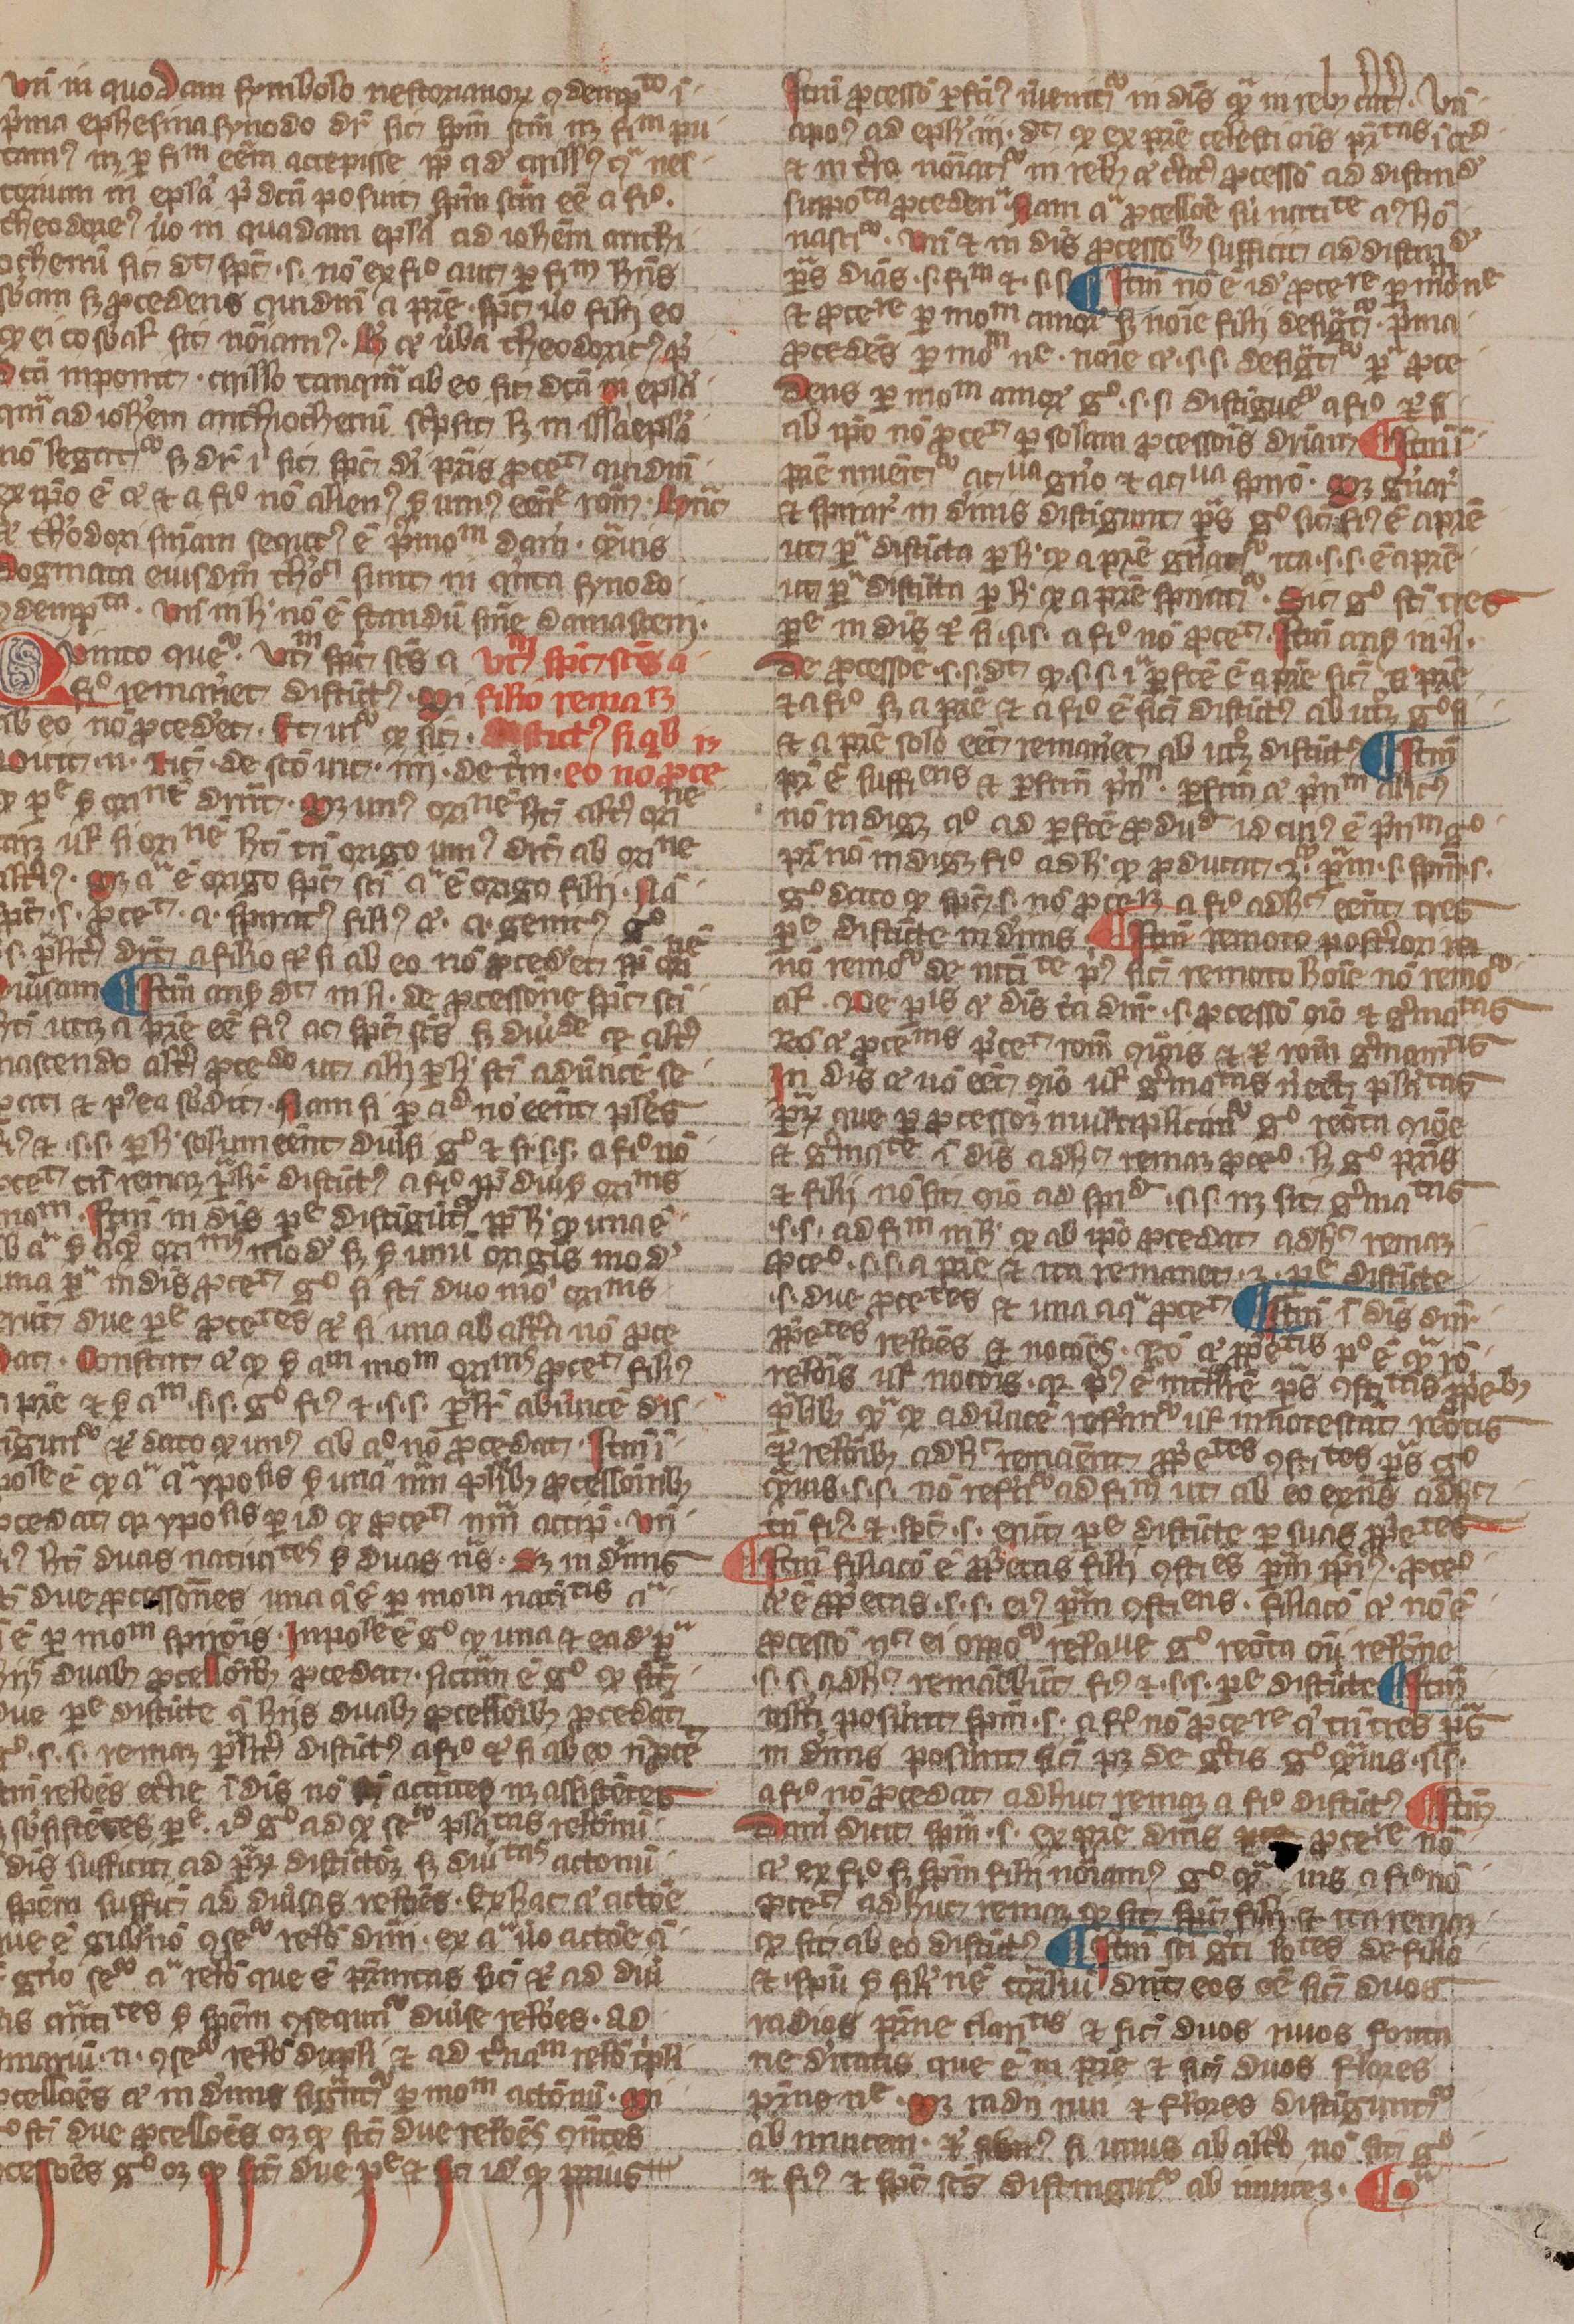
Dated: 1300–1399